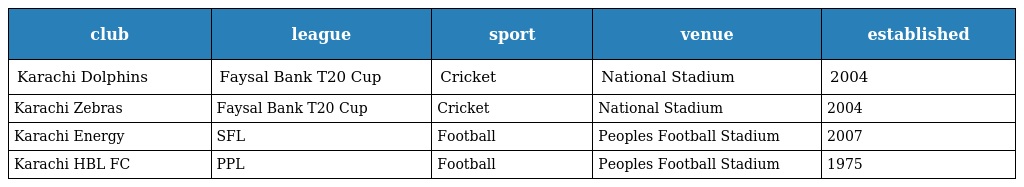
| club | league | sport | venue | established |
 | --- | --- | --- | --- | --- |
 | Karachi Dolphins | Faysal Bank T20 Cup | Cricket | National Stadium | 2004 |
 | Karachi Zebras | Faysal Bank T20 Cup | Cricket | National Stadium | 2004 |
 | Karachi Energy | SFL | Football | Peoples Football Stadium | 2007 |
 | Karachi HBL FC | PPL | Football | Peoples Football Stadium | 1975 |